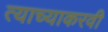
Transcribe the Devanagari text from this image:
त्याच्याकरवी